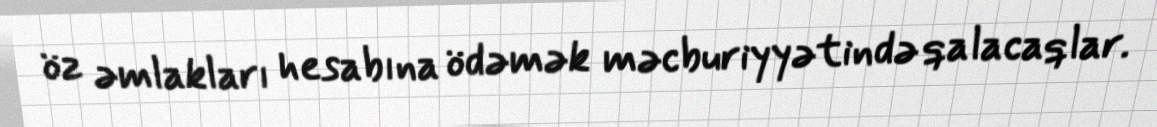
öz əmlakları hesabına ödəmək məcburiyyətində qalacaqlar.